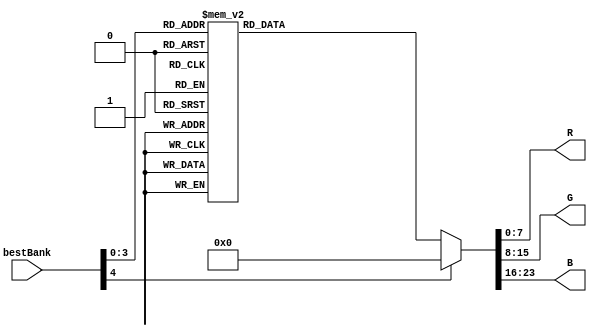
module bank2LED (
	input  [4:0] bestBank,
	output reg [7:0] R,
	output reg [7:0] G,
	output reg [7:0] B
);

always @(*) begin
	case (bestBank)
		5'd0:    begin R <= 8'd255; G <= 8'd47 ; B <= 8'd0  ; end
		5'd1:    begin R <= 8'd255; G <= 8'd145; B <= 8'd0  ; end
		5'd2:    begin R <= 8'd255; G <= 8'd238; B <= 8'd0  ; end
		5'd3:    begin R <= 8'd174; G <= 8'd255; B <= 8'd0  ; end
		5'd4:    begin R <= 8'd81 ; G <= 8'd255; B <= 8'd0  ; end
		5'd5:    begin R <= 8'd0  ; G <= 8'd255; B <= 8'd17 ; end
		5'd6:    begin R <= 8'd0  ; G <= 8'd255; B <= 8'd111; end
		5'd7:    begin R <= 8'd0  ; G <= 8'd255; B <= 8'd208; end
		5'd8:    begin R <= 8'd0  ; G <= 8'd208; B <= 8'd255; end
		5'd9:    begin R <= 8'd0  ; G <= 8'd110; B <= 8'd255; end
		5'd10:   begin R <= 8'd0  ; G <= 8'd17 ; B <= 8'd255; end
		5'd11:   begin R <= 8'd81 ; G <= 8'd0  ; B <= 8'd255; end
		5'd12:   begin R <= 8'd179; G <= 8'd0  ; B <= 8'd255; end
		5'd13:   begin R <= 8'd255; G <= 8'd0  ; B <= 8'd238; end
		5'd14:   begin R <= 8'd255; G <= 8'd0  ; B <= 8'd145; end
		5'd15:   begin R <= 8'd255; G <= 8'd0  ; B <= 8'd47 ; end
		default: begin R <= 8'd0  ; G <= 8'd0  ; B <= 8'd0  ; end
	endcase
end

endmodule